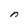
Character: n